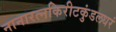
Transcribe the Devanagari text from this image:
नानारत्नकिरीटकुंडलधरं